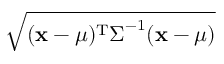
\sqrt { ( { \mathbf { x } } - { \boldsymbol { \mu } } ) ^ { \mathrm { T } } { \boldsymbol { \Sigma } } ^ { - 1 } ( { \mathbf { x } } - { \boldsymbol { \mu } } ) }